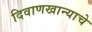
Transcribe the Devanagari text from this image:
दिवाणखान्याचे